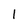
Character: 1